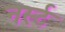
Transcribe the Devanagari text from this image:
नर्स्ट